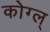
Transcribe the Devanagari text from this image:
कोग्ल्